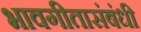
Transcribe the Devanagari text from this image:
भावगीतासंबंधी